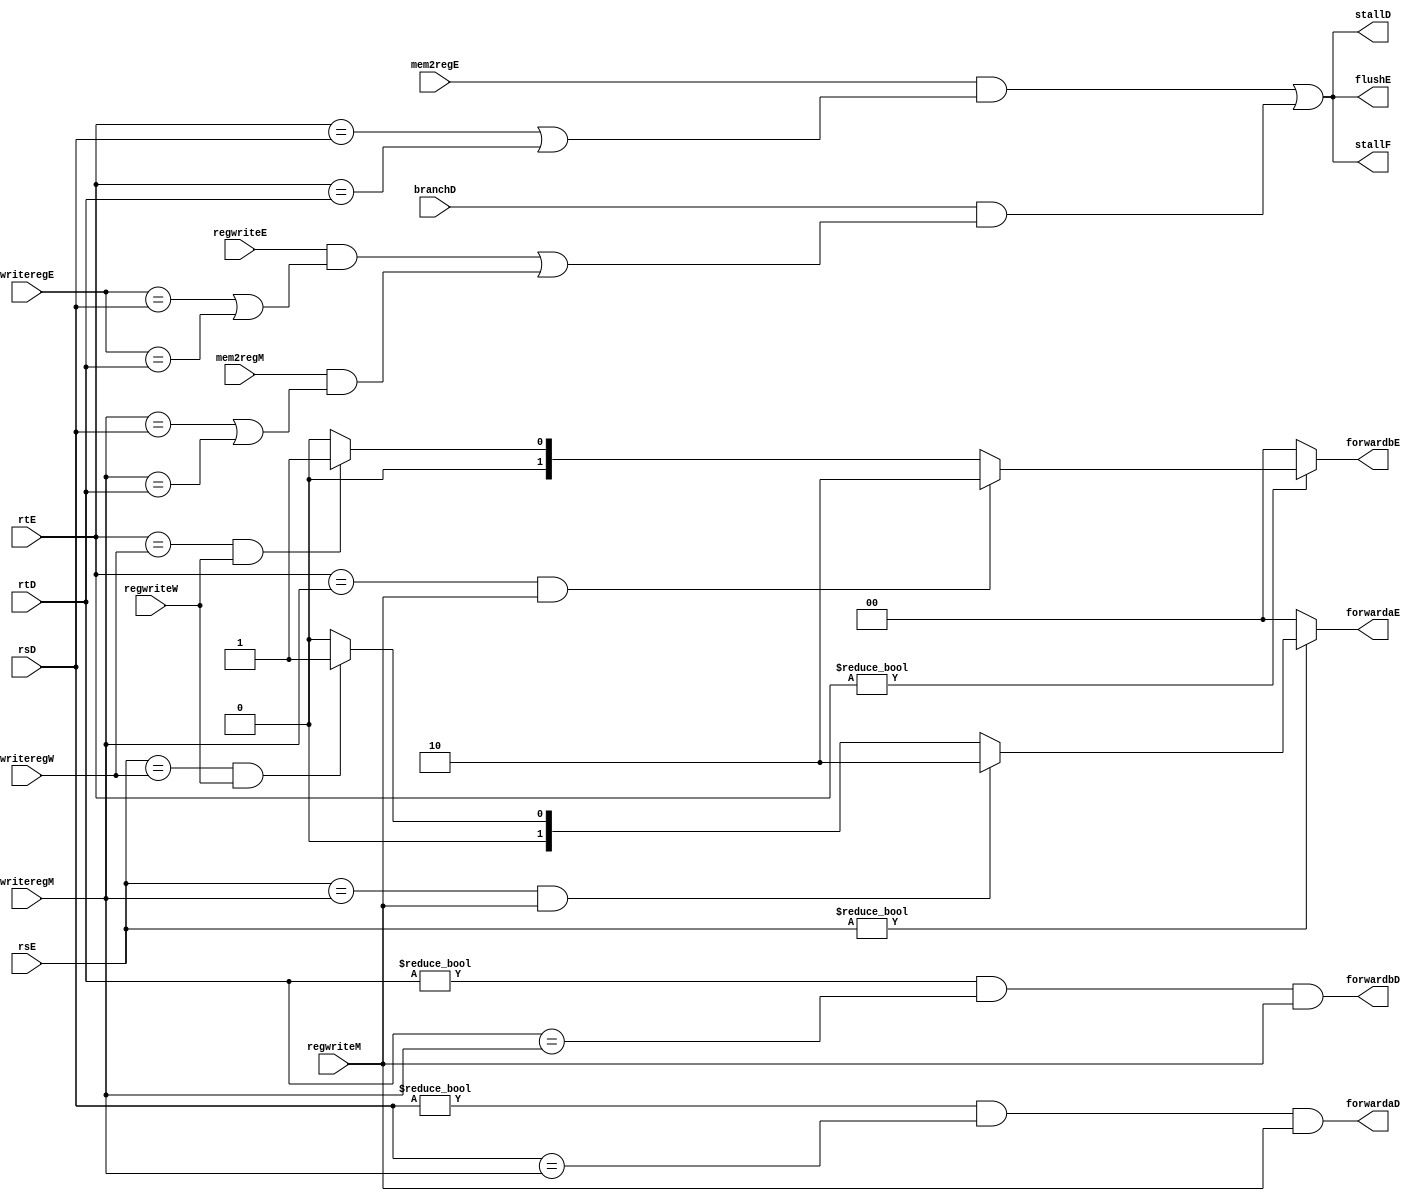
`timescale 1ns / 1ps

module hazard(
    input [4:0]rsD,rtD,rsE,rtE,
    input [4:0]writeregE,writeregM,writeregW,
    input regwriteE,regwriteM,regwriteW,
    input mem2regE,mem2regM,branchD,
    output forwardaD,forwardbD,
    output reg [1:0]forwardaE,forwardbE,
    output stallF,stallD,flushE
);

wire lwstallD,branchstallD;

//Branch equality
// Decode stage forwarding logic
assign forwardaD = (rsD != 0 & rsD == writeregM & regwriteM);
assign forwardbD = (rtD != 0 & rtD == writeregM & regwriteM);

//forwarding sources to Execute stage(ALU)
always@(*) begin
    forwardaE = 2'b00;
    forwardbE = 2'b00;
    // source A forwarding logic
    if (rsE != 0)
        if (rsE == writeregM & regwriteM) forwardaE = 2'b10;
        else if (rsE == writeregW & regwriteW) forwardaE = 2'b01;

    // source B forwarding logic
    if (rtE != 0)
        if (rtE== writeregM & regwriteM) forwardbE = 2'b10;
        else if (rtE == writeregW & regwriteW) forwardbE = 2'b01;
end 

//lw stall data hazard
assign #1 lwstallD = mem2regE & (rtE == rsD | rtE == rtD);

//control hazard
assign #1 branchstallD = branchD & (regwriteE & (writeregE == rsD | writeregE == rtD) | 
                                     mem2regM & (writeregM == rsD | writeregM ==rtD));

// fordward logic
assign #1 stallD = lwstallD | branchstallD;
assign #1 stallF = stallD;
assign #1 flushE = stallD;


endmodule